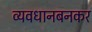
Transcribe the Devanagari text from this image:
व्यवधानबनकर